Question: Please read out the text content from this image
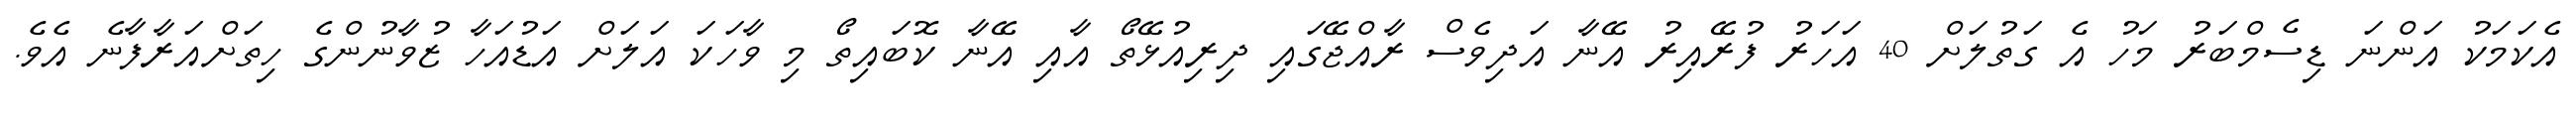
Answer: އެކަމަކު އަންނަ ޑިސެމްބަރު މަހު އެ ގަތުލަށް 40 އަހަރު ފުރޭއިރު އޭނާ އަދިވެސް ރާއްޖޭގައި ދިރިއުޅޭތޯ އާއި އޭނާ ކޮބައިތޯ މި ވާހަކަ އަލަށް އަޑުއަހާ ޒުވާނުންގެ ހިތަށްއަރާފާނެ އެވެ.